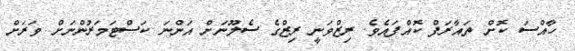
ހާއްސަ ކޮށް ތައާރަފް ކޮއްފައެވެ. ރިޒްވަނީ ރިޒްގެ ސެލޫނަށް އަންނަ ކަސްޓަމަރުންނަށް ވަރަށް